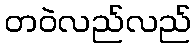
တဝဲလည်လည်